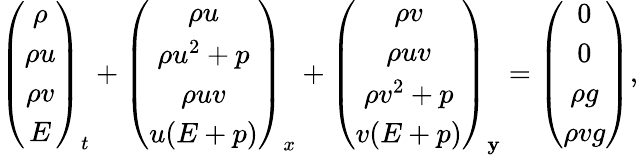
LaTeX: \left(\begin{array}{c}{\rho}\\ {\rho u}\\ {\rho v}\\ {E}\end{array}\right)_{t}+\left(\begin{array}{c}{\rho u}\\ {\rho u^{2}+p}\\ {\rho uv}\\ {u(E+p)}\end{array}\right)_{x}+\left(\begin{array}{c}{\rho v}\\ {\rho uv}\\ {\rho v^{2}+p}\\ {v(E+p)}\end{array}\right)_{\mathbf{y}}=\left(\begin{array}{c}{0}\\ {0}\\ {\rho g}\\ {\rho vg}\end{array}\right),